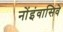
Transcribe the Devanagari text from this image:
नोंइंवासिवे